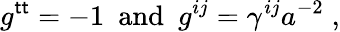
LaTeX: g^{\sf tt}=-1~~\mathrm{and}~~g^{ij}=\gamma^{ij}a^{-2}\; ,